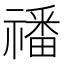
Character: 𥛮